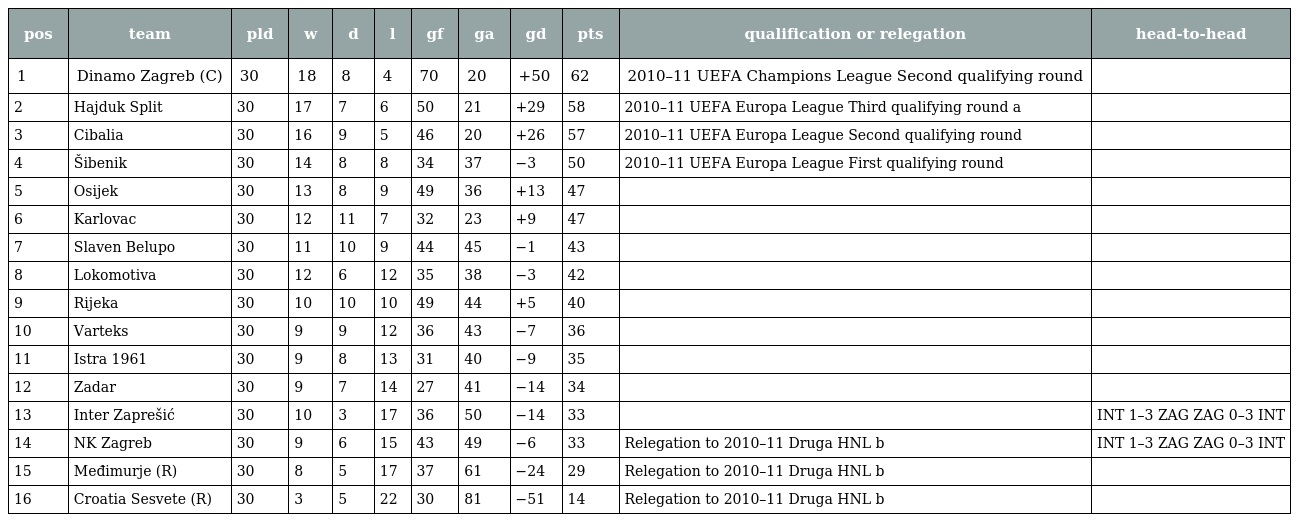
| pos | team | pld | w | d | l | gf | ga | gd | pts | qualification or relegation | head-to-head |
 | --- | --- | --- | --- | --- | --- | --- | --- | --- | --- | --- | --- |
 | 1 | Dinamo Zagreb (C) | 30 | 18 | 8 | 4 | 70 | 20 | +50 | 62 | 2010–11 UEFA Champions League Second qualifying round |  |
 | 2 | Hajduk Split | 30 | 17 | 7 | 6 | 50 | 21 | +29 | 58 | 2010–11 UEFA Europa League Third qualifying round a |  |
 | 3 | Cibalia | 30 | 16 | 9 | 5 | 46 | 20 | +26 | 57 | 2010–11 UEFA Europa League Second qualifying round |  |
 | 4 | Šibenik | 30 | 14 | 8 | 8 | 34 | 37 | −3 | 50 | 2010–11 UEFA Europa League First qualifying round |  |
 | 5 | Osijek | 30 | 13 | 8 | 9 | 49 | 36 | +13 | 47 |  |  |
 | 6 | Karlovac | 30 | 12 | 11 | 7 | 32 | 23 | +9 | 47 |  |  |
 | 7 | Slaven Belupo | 30 | 11 | 10 | 9 | 44 | 45 | −1 | 43 |  |  |
 | 8 | Lokomotiva | 30 | 12 | 6 | 12 | 35 | 38 | −3 | 42 |  |  |
 | 9 | Rijeka | 30 | 10 | 10 | 10 | 49 | 44 | +5 | 40 |  |  |
 | 10 | Varteks | 30 | 9 | 9 | 12 | 36 | 43 | −7 | 36 |  |  |
 | 11 | Istra 1961 | 30 | 9 | 8 | 13 | 31 | 40 | −9 | 35 |  |  |
 | 12 | Zadar | 30 | 9 | 7 | 14 | 27 | 41 | −14 | 34 |  |  |
 | 13 | Inter Zaprešić | 30 | 10 | 3 | 17 | 36 | 50 | −14 | 33 |  | INT 1–3 ZAG ZAG 0–3 INT |
 | 14 | NK Zagreb | 30 | 9 | 6 | 15 | 43 | 49 | −6 | 33 | Relegation to 2010–11 Druga HNL b | INT 1–3 ZAG ZAG 0–3 INT |
 | 15 | Međimurje (R) | 30 | 8 | 5 | 17 | 37 | 61 | −24 | 29 | Relegation to 2010–11 Druga HNL b |  |
 | 16 | Croatia Sesvete (R) | 30 | 3 | 5 | 22 | 30 | 81 | −51 | 14 | Relegation to 2010–11 Druga HNL b |  |